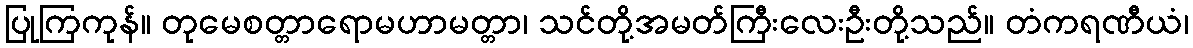
ပြုကြကုန်။ တုမေစတ္တာရောမဟာမတ္တာ၊ သင်တို့အမတ်ကြီးလေးဦးတို့သည်။ တံကရဏီယံ၊